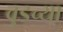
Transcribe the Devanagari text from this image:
वुडच्या